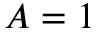
A = 1